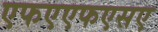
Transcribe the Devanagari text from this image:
एफएएफएसए